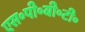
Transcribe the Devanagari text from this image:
एस॰पी॰बी॰टी॰